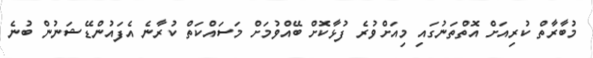
މުބާރާތް ކުރިއަށް އޮތްތަނުގައި މިއަށްވުރެ ފުޅާކޮށް ބޭއްވުމަށް މަސައްކަތް ކުރާނެ އެފައުންޑޭޝަނުން ބުނެ